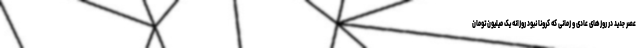
عصر جدید در روزهای عادی و زمانی که کرونا نبود روزانه یک میلیون تومان